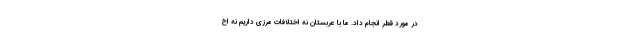
در مورد قطر انجام داد. ما با عربستان نه اختلافات مرزی داریم نه اخ